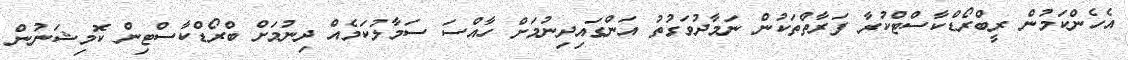
އެހެންކަމުން ރީބްރޯޑްކާސްޓްކުރާ ފަރާތްތަކުން ނަމާދުވަގުތު އަންގައިދިނުމަށް ހާއްސަ ސަމާލުކަމެއް ދިނުމަށް ބްރޯޑްކާސްޓިން ކޮމިޝަނުން